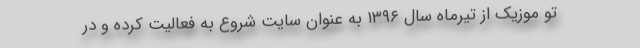
تو موزیک از تیرماه سال ۱۳۹۶ به عنوان سایت شروع به فعالیت کرده و در